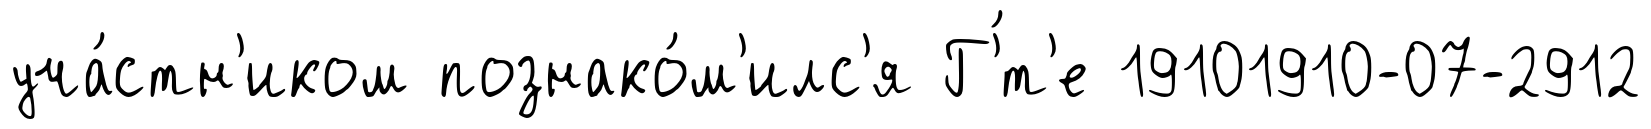
уча́стн'иком познако́м'илс'я Г'́т'е 19101910-07-2912